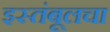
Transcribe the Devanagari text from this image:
इस्तंबूलचा